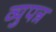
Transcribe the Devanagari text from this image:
व्युपन्न